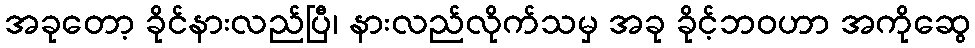
အခုတော့ ခိုင်နားလည်ပြီ၊ နားလည်လိုက်သမှ အခု ခိုင့်ဘဝဟာ အကိုဆွေ